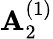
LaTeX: {\mathbf{A}}_{2}^{(1)}